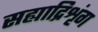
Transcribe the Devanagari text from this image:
सह्याद्रिशृंग